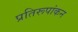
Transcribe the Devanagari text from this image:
प्रतिरूपांकन